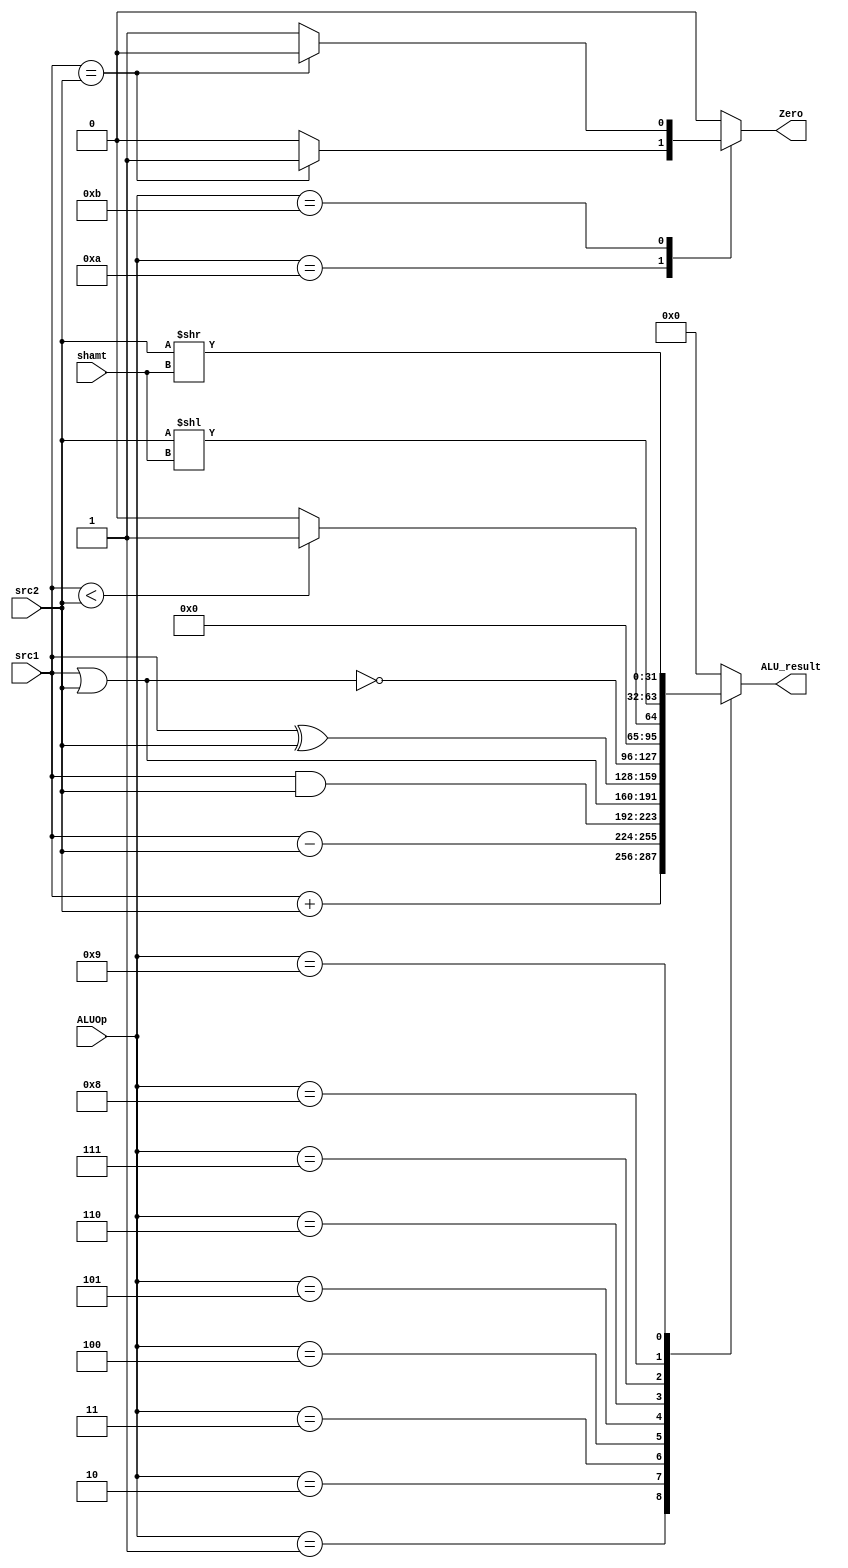
// ALU

module ALU ( ALUOp,
			 src1,
			 src2,
			 shamt,
			 ALU_result,
			 Zero);
	
	parameter bit_size = 32;
	
	input [3:0] ALUOp;
	input [bit_size-1:0] src1;
	input [bit_size-1:0] src2;
	input [4:0] shamt;
	
	output [bit_size-1:0] ALU_result;
	output Zero;
	reg [bit_size-1:0] ALU_result;
	reg Zero;
			
	// write your code in here
	always@(*)
		begin
		ALU_result = 0;
		Zero = 0;
		case(ALUOp)
			4'd1 : ALU_result = src1+src2;//add
			4'd2 : ALU_result = src1-src2;//sub
			4'd3 : ALU_result = src1&src2;//and
			4'd4 : ALU_result = src1|src2;//or
		 	4'd5 : ALU_result = src1^src2;//xor
		  	4'd6 : ALU_result = ~(src1|src2);//nor
			4'd7 : ALU_result = (src1<src2) ? 1 : 0;//slt
			4'd8 : ALU_result = src2<<shamt;//sll
			4'd9 : ALU_result = src2>>shamt;//srl
			4'd10 : Zero = (src1==src2) ? 1 : 0;//beq
			4'd11 : Zero = (src1==src2) ? 0 : 1;//bne
			default:;
		endcase
		end
endmodule